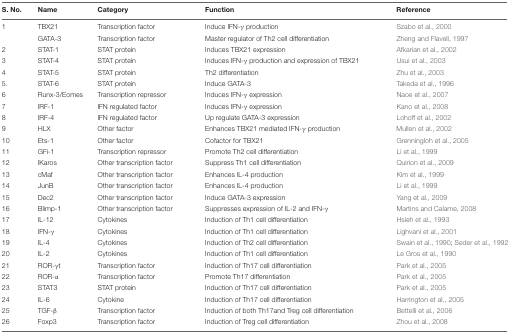
<table><thead><tr><td><b>S. No.</b></td><td><b>Name</b></td><td><b>Category</b></td><td><b>Function</b></td><td><b>Reference</b></td></tr></thead><tbody><tr><td>1</td><td>TBX21</td><td>Transcription factor</td><td>Induce IFN-γ production</td><td>Szabo et al., 2000</td></tr><tr><td></td><td>GATA-3</td><td>Transcription factor</td><td>Master regulator of Th2 cell differentiation</td><td>Zheng and Flavell, 1997</td></tr><tr><td>2</td><td>STAT-1</td><td>STAT protein</td><td>Induces TBX21 expression</td><td>Afkarian et al., 2002</td></tr><tr><td>3</td><td>STAT-4</td><td>STAT protein</td><td>Induces IFN-γ production and expression of TBX21</td><td>Usui et al., 2003</td></tr><tr><td>4</td><td>STAT-5</td><td>STAT protein</td><td>Th2 differentiation</td><td>Zhu et al., 2003</td></tr><tr><td>5.</td><td>STAT-6</td><td>STAT protein</td><td>Induce GATA-3</td><td>Takeda et al., 1996</td></tr><tr><td>6</td><td>Runx-3/Eomes</td><td>Transcription repressor</td><td>Induces IFN-γ expression</td><td>Naoe et al., 2007</td></tr><tr><td>7</td><td>IRF-1</td><td>IFN regulated factor</td><td>Induces IFN-γ expression</td><td>Kano et al., 2008</td></tr><tr><td>8</td><td>IRF-4</td><td>IFN regulated factor</td><td>Up regulate GATA-3 expression</td><td>Lohoff et al., 2002</td></tr><tr><td>9</td><td>HLX</td><td>Other factor</td><td>Enhances TBX21 mediated IFN-γ production</td><td>Mullen et al., 2002</td></tr><tr><td>10</td><td>Ets-1</td><td>Other factor</td><td>Cofactor for TBX21</td><td>Grenningloh et al., 2005</td></tr><tr><td>11</td><td>GFi-1</td><td>Transcription repressor</td><td>Promote Th2 cell differentiation</td><td>Li et al., 1999</td></tr><tr><td>12</td><td>IKaros</td><td>Other transcription factor</td><td>Suppress Th1 cell differentiation</td><td>Quirion et al., 2009</td></tr><tr><td>13</td><td>cMaf</td><td>Other transcription factor</td><td>Enhances IL-4 production</td><td>Kim et al., 1999</td></tr><tr><td>14</td><td>JunB</td><td>Other transcription factor</td><td>Enhances IL-4 production</td><td>Li et al., 1999</td></tr><tr><td>15</td><td>Dec2</td><td>Other transcription factor</td><td>Induce GATA-3 expression</td><td>Yang et al., 2009</td></tr><tr><td>16</td><td>Blimp-1</td><td>Other transcription factor</td><td>Suppresses expression of IL-2 and IFN-γ</td><td>Martins and Calame, 2008</td></tr><tr><td>17</td><td>IL-12</td><td>Cytokines</td><td>Induction of Th1 cell differentiation</td><td>Hsieh et al., 1993</td></tr><tr><td>18</td><td>IFN-γ</td><td>Cytokines</td><td>Induction of Th1 cell differentiation</td><td>Lighvani et al., 2001</td></tr><tr><td>19</td><td>IL-4</td><td>Cytokines</td><td>Induction of Th2 cell differentiation</td><td>Swain et al., 1990; Seder et al., 1992</td></tr><tr><td>20</td><td>IL-2</td><td>Cytokines</td><td>Induction of Th1 cell differentiation</td><td>Le Gros et al., 1990</td></tr><tr><td>21</td><td>ROR-γt</td><td>Transcription factor</td><td>Induction of Th17 cell differentiation</td><td>Park et al., 2005</td></tr><tr><td>22</td><td>ROR-α</td><td>Transcription factor</td><td>Promote Th17 differentiation</td><td>Park et al., 2005</td></tr><tr><td>23</td><td>STAT3</td><td>STAT protein</td><td>Induction of Th17 cell differentiation</td><td>Park et al., 2005</td></tr><tr><td>24</td><td>IL-6</td><td>Cytokine</td><td>Induction of Th17 cell differentiation</td><td>Harrington et al., 2005</td></tr><tr><td>25</td><td>TGF-β</td><td>Transcription factor</td><td>Induction of both Th17and Treg cell differentiation</td><td>Bettelli et al., 2006</td></tr><tr><td>26</td><td>Foxp3</td><td>Transcription factor</td><td>Induction of Treg cell differentiation</td><td>Zhou et al., 2008</td></tr></tbody></table>